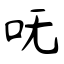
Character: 呒